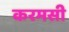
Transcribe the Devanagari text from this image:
करमसी